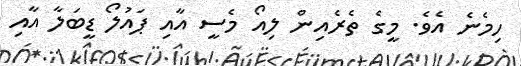
ހިމެނެ އެވެ. މީގެ ތެރެއިން ލިއޯ މެސީ އާއި ޕައުލޯ ޑީބަލާ އާއި